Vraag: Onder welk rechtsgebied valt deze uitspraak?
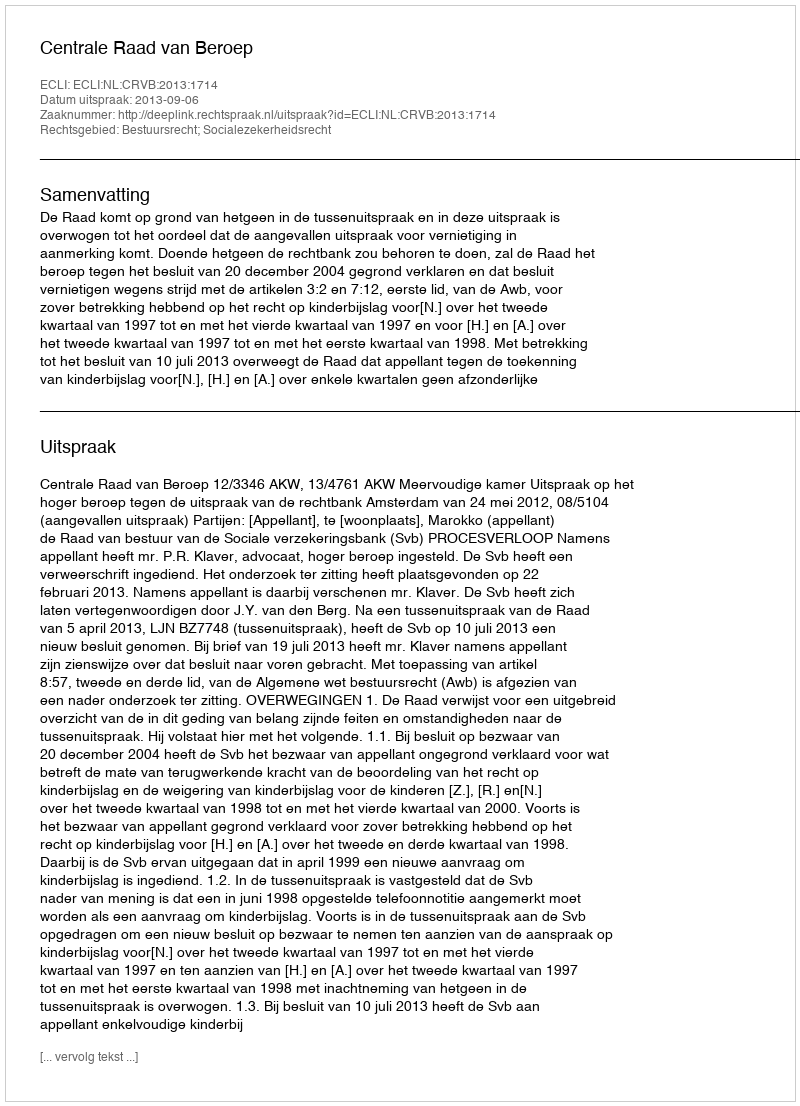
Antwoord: Bestuursrecht; Socialezekerheidsrecht